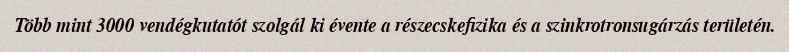
Több mint 3000 vendégkutatót szolgál ki évente a részecskefizika és a szinkrotronsugárzás területén.